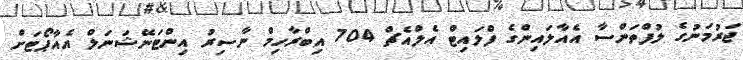
ޖަރުމަނުގެ ލުފްތަންސާ އެއާލައިންގެ ފްލައިޓް އެލްއެޗް 704 އިބްރާހިމް ނާސިރު އިންޓަނޭޝަނަލް އެއާޕޯޓަށް